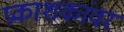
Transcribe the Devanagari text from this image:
प्रकाशकांवर